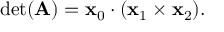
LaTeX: \operatorname* { d e t } ( \mathbf { A } ) = \mathbf { x } _ { 0 } \cdot ( \mathbf { x } _ { 1 } \times \mathbf { x } _ { 2 } ) .